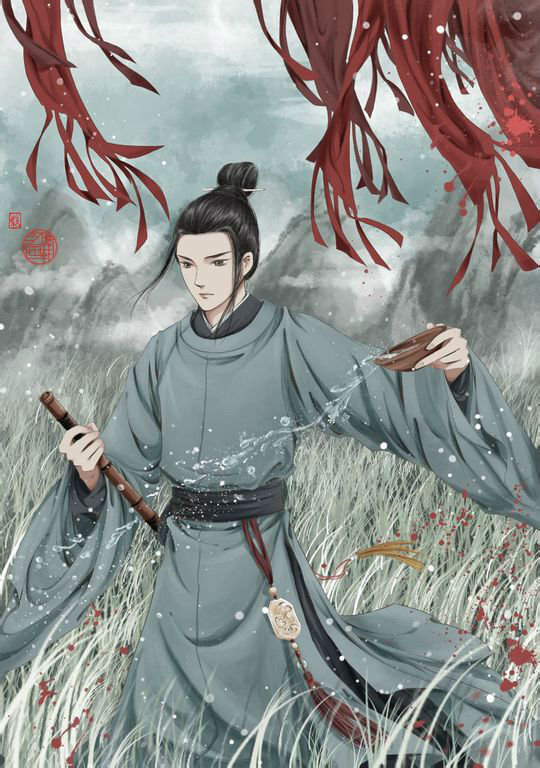
满衣血泪与尘埃，乱后还乡亦可哀。